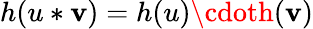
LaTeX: h(u*\mathbf{v})=h(u)\cdoth(\mathbf{v})